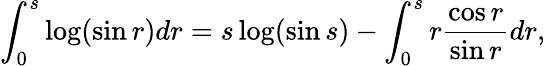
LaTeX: \int_{0}^{s}\log(\sin r)dr=s\log(\sin s)-\int_{0}^{s}r\frac{\cos r}{\sin r}dr,